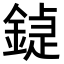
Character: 𨩼